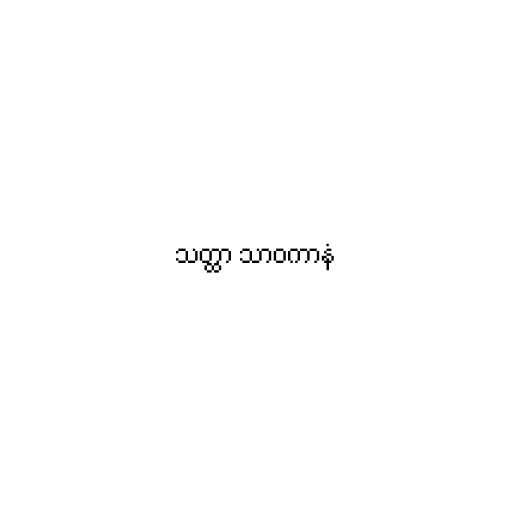
သတ္ထာ သာဝကာနံ